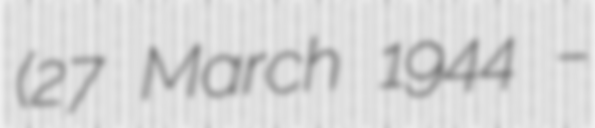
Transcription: (27 March 1944 –